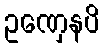
ဥဏှေနပိ